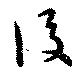
後